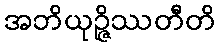
အဘိယုဉ္ဇိဿတီတိ